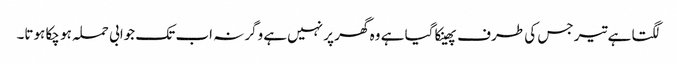
لگتا ہے تیر جس کی طرف پھینکا گیا ہے وہ گھر پر نہیں‌ہے وگرنہ اب تک جوابی حملہ ہو چکا ہوتا۔